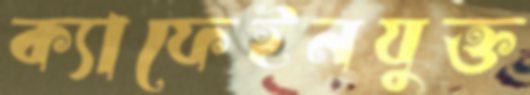
ক্যাফেইনযুক্ত